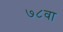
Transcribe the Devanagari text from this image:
७८वा